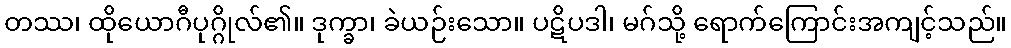
တဿ၊ ထိုယောဂီပုဂ္ဂိုလ်၏။ ဒုက္ခာ၊ ခဲယဉ်းသော။ ပဋိပဒါ၊ မဂ်သို့ ရောက်ကြောင်းအကျင့်သည်။